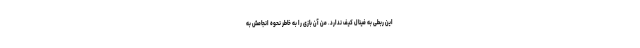
این ربطی به فینال کیف ندارد. من آن بازی را به خاطر نحوه انجامش به